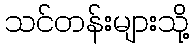
သင်တန်းများသို့